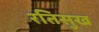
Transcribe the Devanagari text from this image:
रतिसुख